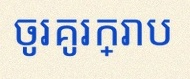
ចូរគូរក្រាប